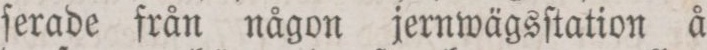
ſerade från någon jernwägsſtation å